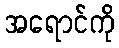
အရောင်ကို